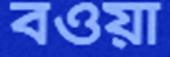
বওয়া